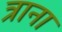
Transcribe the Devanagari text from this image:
त्राना